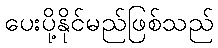
ပေးပို့နိုင်မည်ဖြစ်သည်